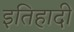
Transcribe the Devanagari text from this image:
इतिहादी